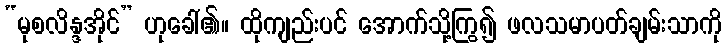
“မုစလိန္ဒအိုင်” ဟုခေါ်၏။ ထိုကျည်းပင် အောက်သို့ကြွ၍ ဖလသမာပတ်ချမ်းသာကို